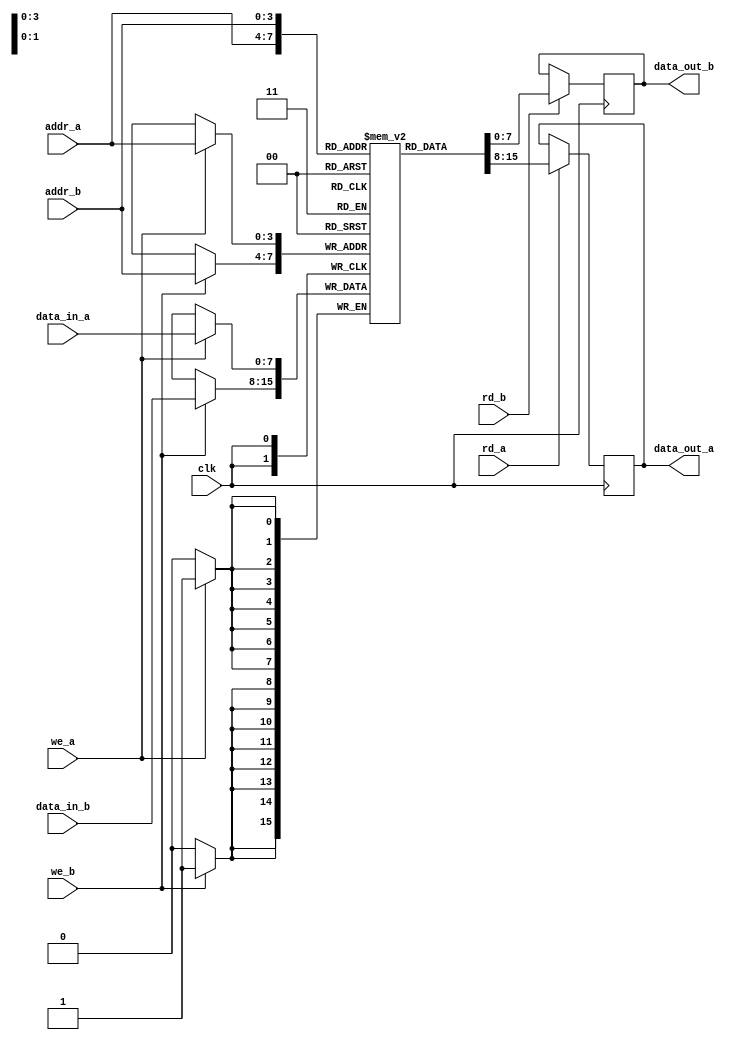
module dual_port_ram(
    input wire clk,
    input wire [7:0] data_in_a, data_in_b,
    input wire [3:0] addr_a, addr_b,
    input wire we_a, we_b, rd_a, rd_b,
    output reg [7:0] data_out_a, data_out_b
);

reg [7:0] memory [0:15];

always @ (posedge clk) begin
    if (we_a) begin
        memory[addr_a] <= data_in_a;
    end
    
    if (we_b) begin
        memory[addr_b] <= data_in_b;
    end
    
    if (rd_a) begin
        data_out_a <= memory[addr_a];
    end
    
    if (rd_b) begin
        data_out_b <= memory[addr_b];
    end
end

endmodule